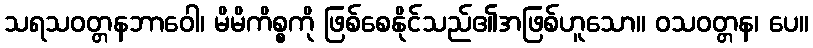
သရသဝတ္တနဘာဝေါ၊ မိမိကိစ္စကို ဖြစ်စေနိုင်သည်၏အဖြစ်ဟူသော။ ဝသဝတ္တန၊ ပေ။